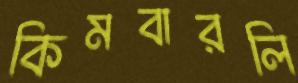
কিমবারলি